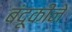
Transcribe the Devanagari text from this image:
बंदूकीने